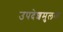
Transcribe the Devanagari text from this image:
उपदेशमुलक